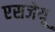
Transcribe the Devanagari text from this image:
एसजेयू